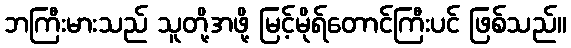
ဘကြီးမားသည် သူတို့အဖို့ မြင့်မိုရ်တောင်ကြီးပင် ဖြစ်သည်။